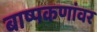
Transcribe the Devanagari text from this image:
बाष्पकणांवर